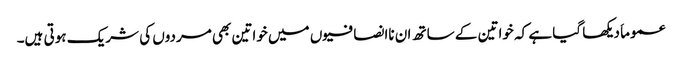
عموماَ دیکھا گیا ہے کہ خواتین کے ساتھ ان ناانصافیوں میں خواتین بھی مردوں کی شریک ہوتی ہیں۔